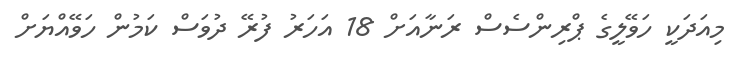
މިއަދަކީ ހަވޭލީގެ ޕްރިންސެސް ރަނާއަށް 18 އަހަރު ފުރޭ ދުވަސް ކަމުން ހަވޭއްޔަށް